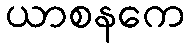
ယာစနကေ